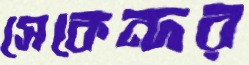
সেকেন্দর